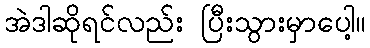
အဲဒါဆိုရင်လည်း ပြီးသွားမှာပေါ့။